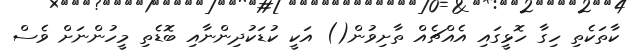
ކާތަކެތި ހިގާ ހޮޅީގައި އެއްޗެއް ތާށިވުން() އަކީ ކުޑަކުދިންނާއި ބޮޑެތި މީހުންނަށް ވެސް